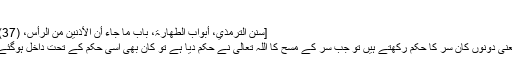
‘‘
[سنن الترمذي، أبواب الطھارۃ، باب ما جاء أن الأذنین من الرأس، (37)]
یعنی دونوں کان سر کا حکم رکھتے ہیں تو جب سر کے مسح کا اللہ تعالیٰ نے حکم دیا ہے تو کان بھی اسی حکم کے تحت داخل ہوگئے۔